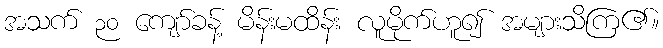
အသက် ၃၀ ကျော်ခန့် မိန်းမထိန်း လူမိုက်ဟူ၍ အများသိကြ၏။